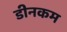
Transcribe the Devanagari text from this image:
डीनकम